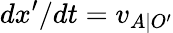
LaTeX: dx^{\prime}/dt=v_{A\mid O^{\prime}}